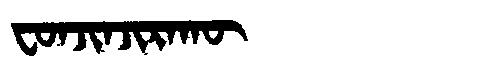
Manchu: ᠸᠣᠨᠵᡳᠨᠵᡳᡵᠠᡴᡡ
Romanization: FONJINJIRAKŪ